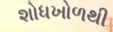
શોધખોળથી